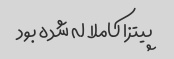
پیتزا کاملا له شده بود